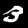
Label: 3